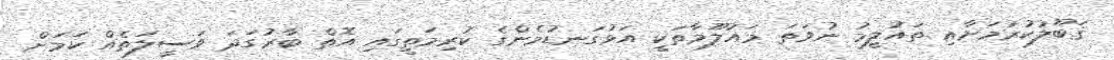
ޤަބޫލުކުރުމަށާއި ތައުލީމު ނުވަތަ މައުލޫމާތަކީ އަޅުގަނޑުމެންގެ ކުރިމަތީގައި އޮތް ބާރުގަދަ ވަސީލަތެއް ކަމަށް